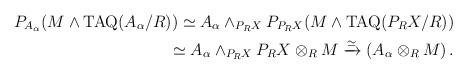
LaTeX: \begin{align*} P_{A_\alpha}(M \wedge \mathrm{TAQ}(A_\alpha/R)) \simeq A_\alpha \wedge_{P_R X} P_{P_RX}(M \wedge \mathrm{TAQ}(P_RX/R)) \\\simeq A_\alpha \wedge_{P_RX} P_RX \otimes_R M \xrightarrow{\simeq } \left(A_\alpha \otimes_R M\right).\end{align*}